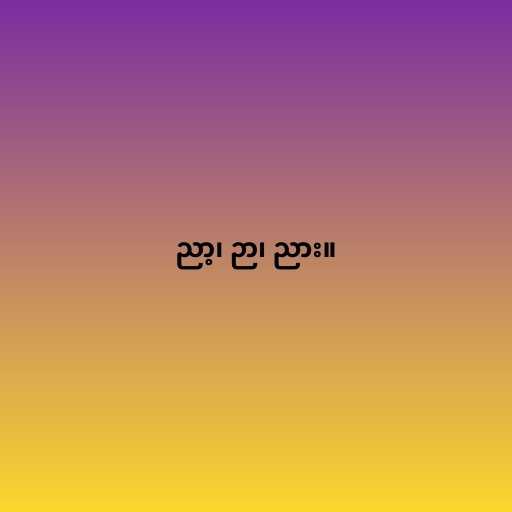
ညာ့၊ ဉာ၊ ညား။